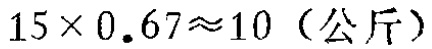
\(15\times 0.67\approx10 \text{（公斤）}\)